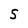
Character: S